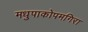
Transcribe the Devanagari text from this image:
मधुपाकोपमगिरा